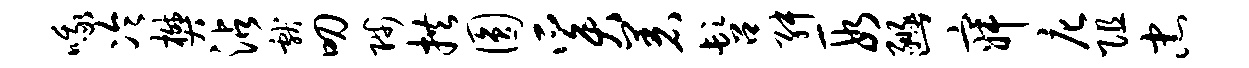
哦冷樊沾献叨陟拱圆奚着髫舛段豳寂庀阻忠